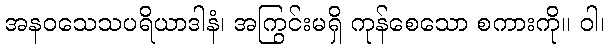
အနဝသေသပရိယာဒါနံ၊ အကြွင်းမရှိ ကုန်စေသော စကားကို။ ဝါ၊